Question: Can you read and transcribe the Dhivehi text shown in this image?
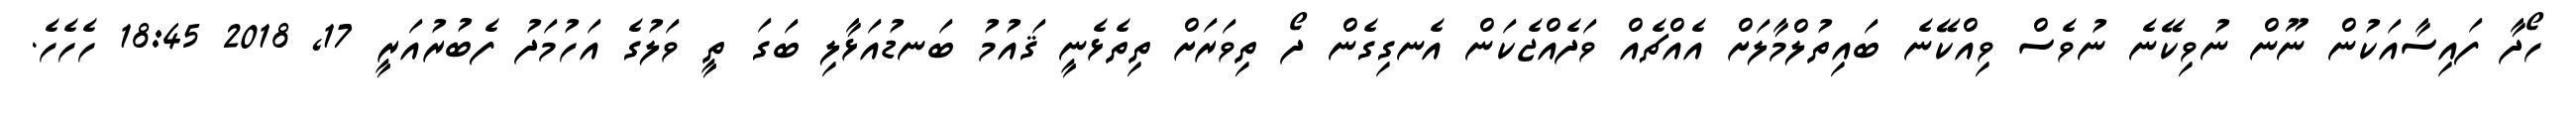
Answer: ހޯދާ ފައިސާއަކުން ނޫން ނުވިކޭނެ ނުވެސް ވިއްކޭނެ ބައިތުލްމާލަށް އެއްޗެއް ވަދެއްޖެކަން އެނގިގެން ދޯ ތިވަރަށް ތިތެޅެނީ ޤައުމު ބަނޑުއަޅާލި ބަގަ ތީ ވަލުގެ އަހުމަދު ފެބުރުއަރީ 17, 2018 18:45 ހެހެހެ.